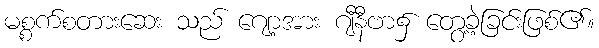
မစ္စက်စတားဆေး သည် ဂျော့အား ဂျီနီဗာ၌ တွေ့ခဲ့ခြင်းဖြစ်၏။